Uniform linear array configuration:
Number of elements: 24
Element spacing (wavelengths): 0.75
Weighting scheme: hamming
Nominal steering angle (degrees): -30
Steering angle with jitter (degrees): -28.197
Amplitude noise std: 0.05
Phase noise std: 0.05

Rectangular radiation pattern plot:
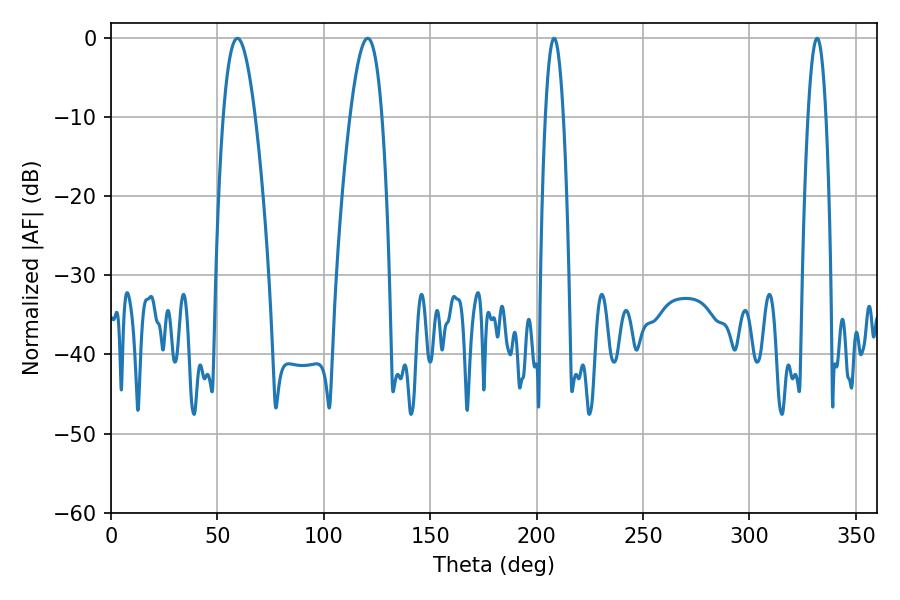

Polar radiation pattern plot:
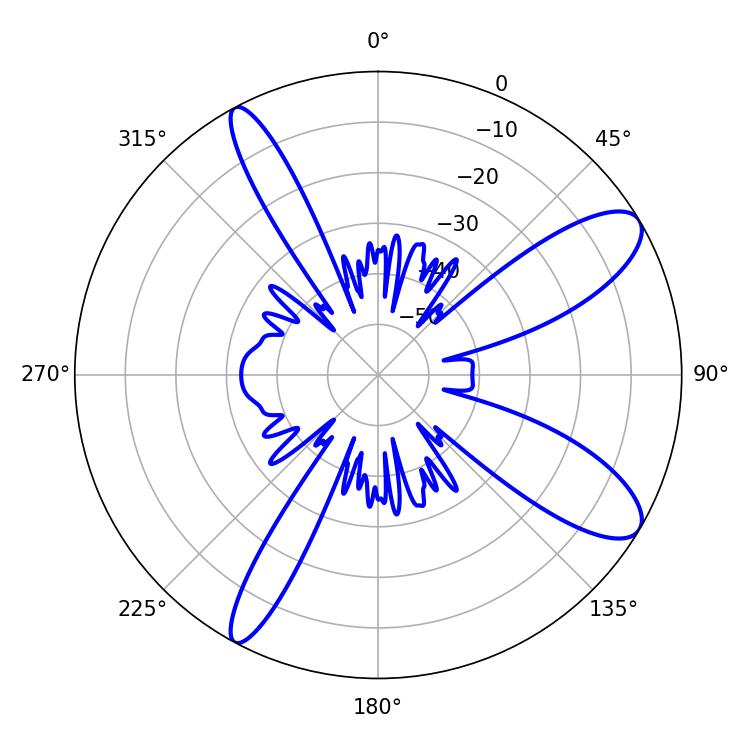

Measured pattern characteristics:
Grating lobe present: TRUE
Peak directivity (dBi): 10.366
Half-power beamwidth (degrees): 8.1
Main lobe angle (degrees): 59.4